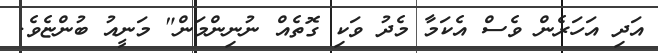
އަދި އަހަރެން ވެސް އެކަމާ މެދު ވަކި ގޮތެއް ނުނިންމަން" މަނީއު ބުންޏެވެ.